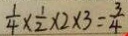
\frac { 1 } { 4 } \times \frac { 1 } { 2 } \times 2 \times 3 = \frac { 3 } { 4 }